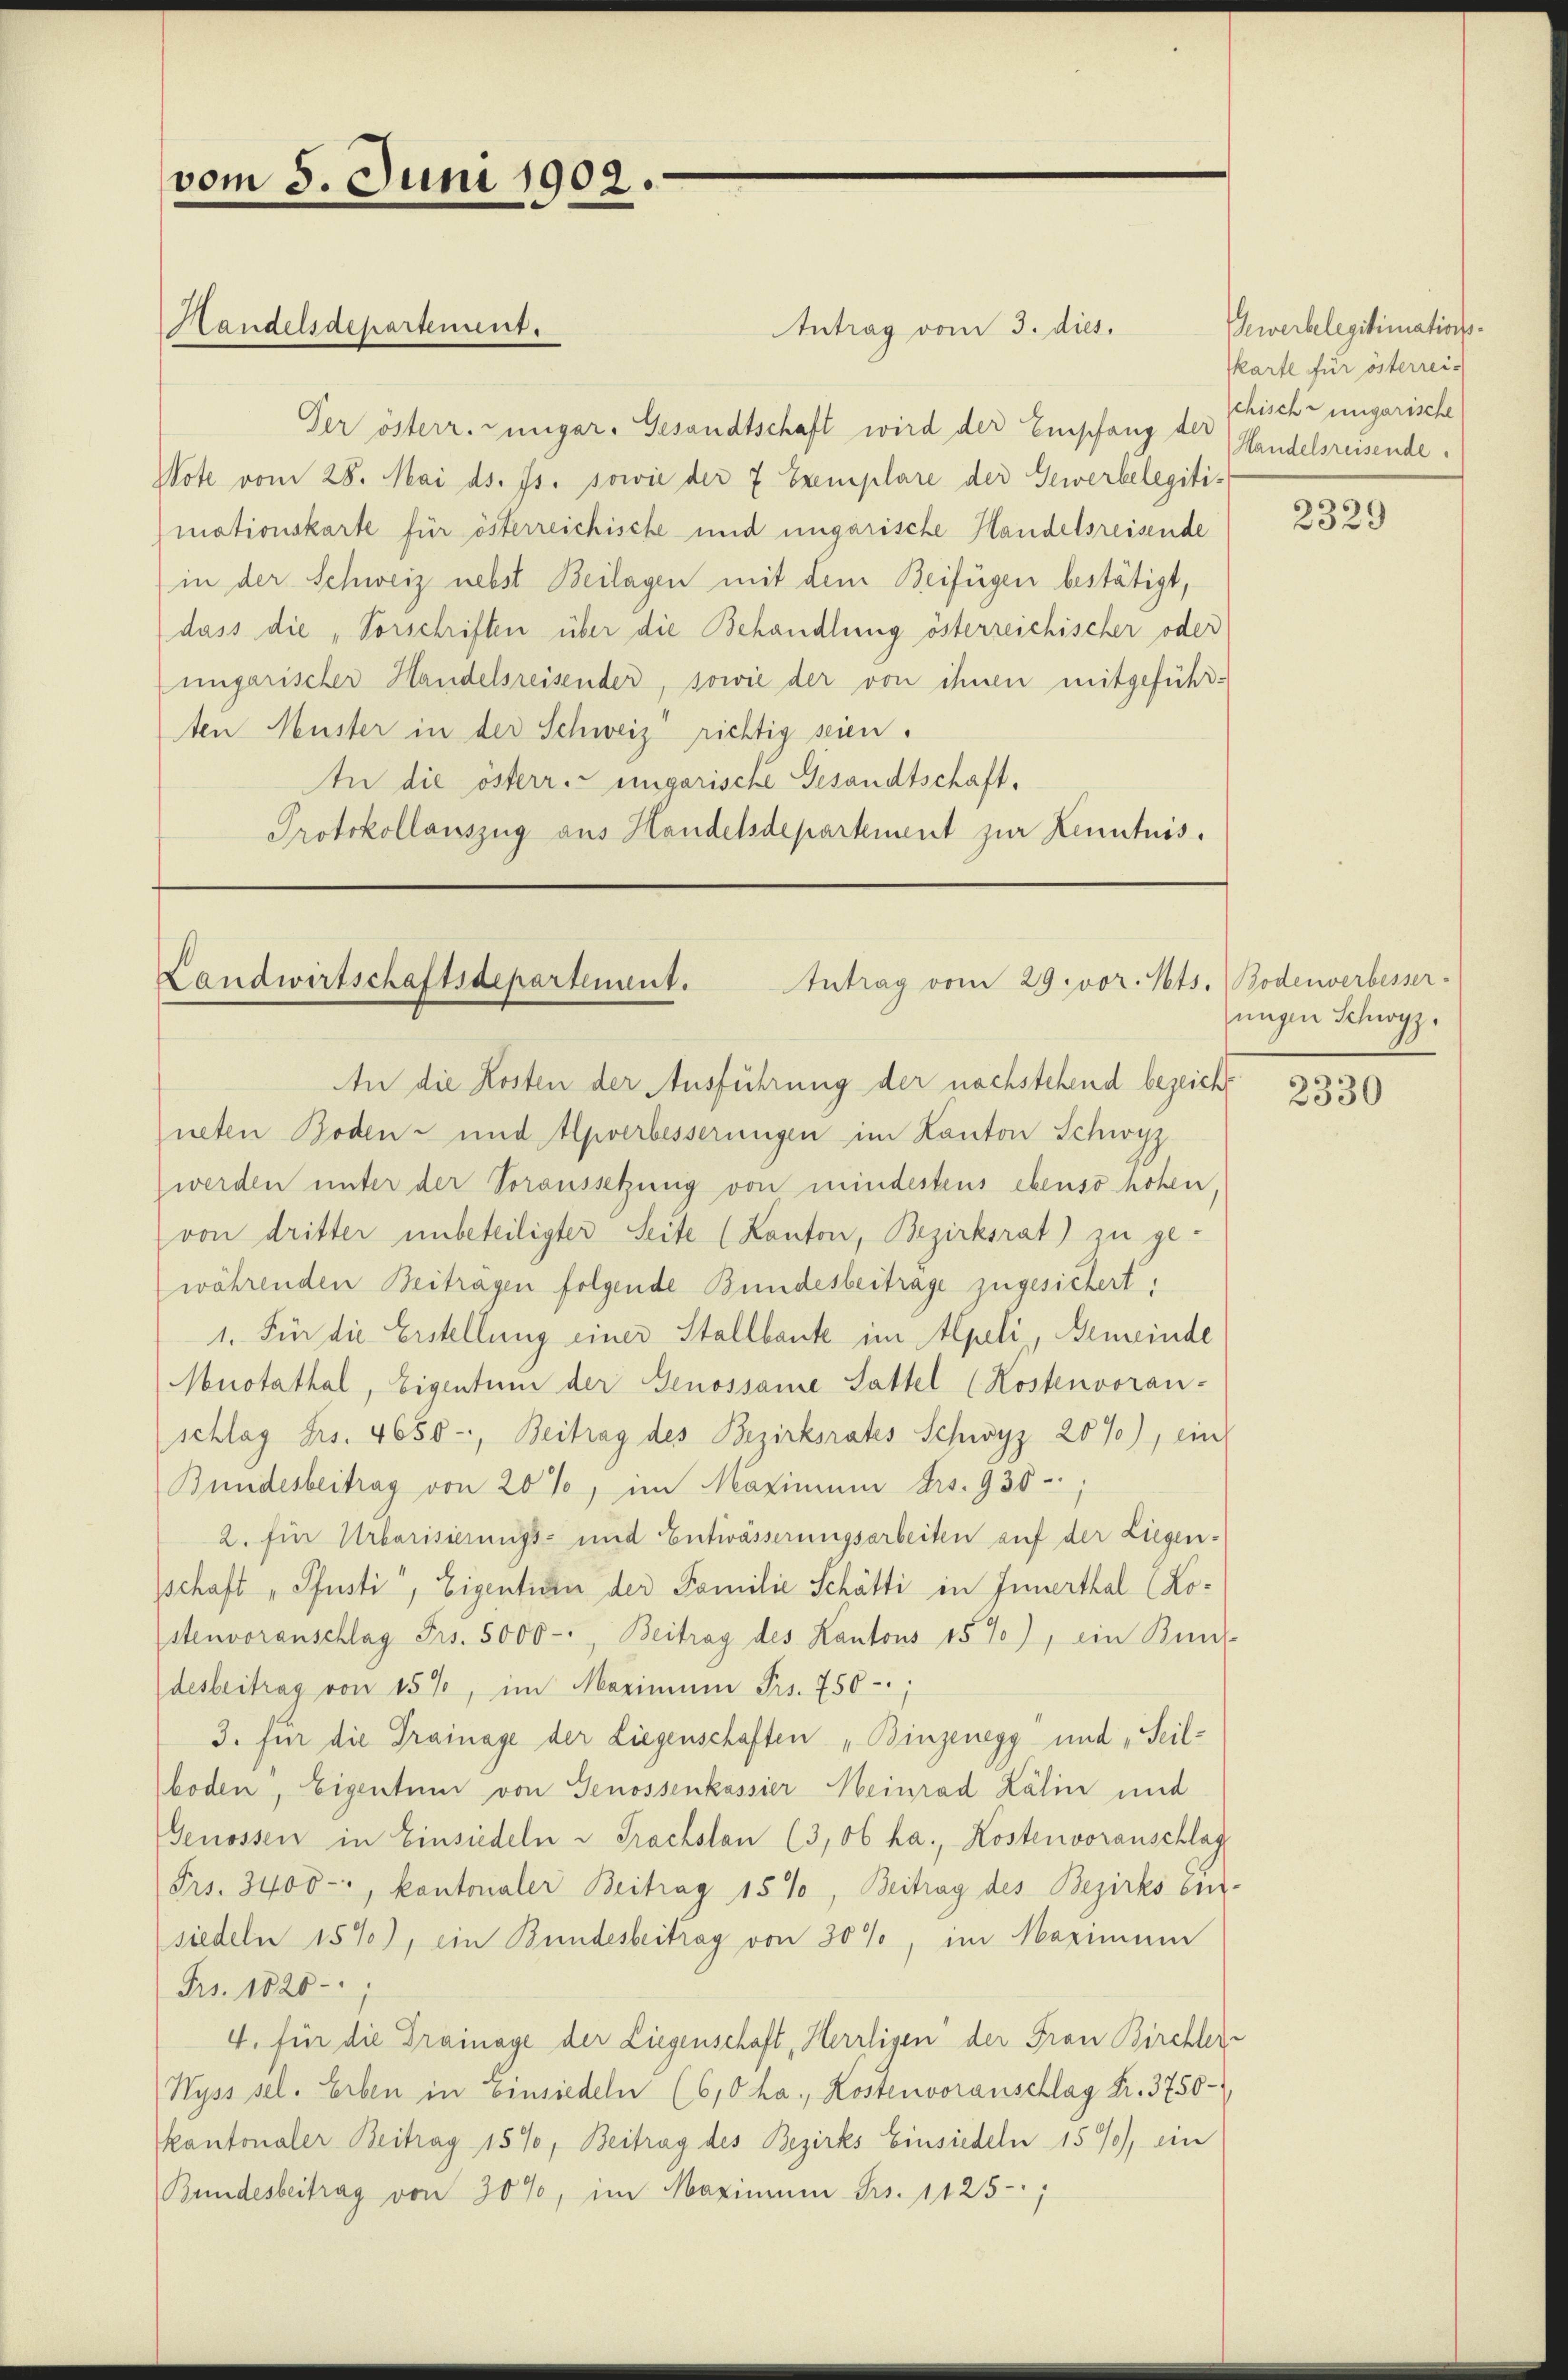
vom 5. Juni 1902

Antrag vom 3. dies.
Der österr. Zungar. Gesandtschaft wird der Empfang des Handelsreisende
Note vom 28. Mai ds. Js. sowie der 7 Exemplare der Gewerbelegiti-
mationskarte für österreichische und ungarische Handelsreisende
in der Schweiz nebst Beilagen mit dem Beifügen bestätigt,
dass die „Vorschriften über die Behandlung österreichischer oder
ungarischer Handelsreisender, sowie der von ihnen mitgeführten Muster in der Schweiz richtig seien.
In die österr. ungarische Gesandtschaft,
Protokollauszug aus Handelsdepartement zur Kenntnis.

Handelsdepartement.

Landwirtschaftsdepartement. Antrag vom 29. vor. Mts. Bodenverbesser-

An die Kosten der Ausführung der nachstehend bezeicht
neten Boden- und Apverbesserungen im Kanton Schwyz
werden unter der Voraussetzung von mindestens ebenso hohen,
von dritter unbeteiligter Seite (Kanton, Bezirksrat) zu ge-
währenden Beitragen folgende Bundesbeitrage zugesichert:
1. Für die Erstellung einer Stallbaute im Alpeli, Gemeinde
Muotathal, Eigentum der Genossame Sattel (Kostenvoran-
schlag Frs. 4650-, Beitrag des Bezirksrates Schwyz 2670), ein
Bundesbeitrag von 20%, im Maximum Frs. 936 -
2. für Urbarisierungs- und Entwässerungsarbeiten auf der Liegen-
schaft „Pfusti, Eigentin der Familie Schätti in Innerthal (Kostenvoranschlag Frs. 5000 - Beitrag des Kantons 15 %), ein Bun-
desbeitrag von 15%, im Maximum Frs. 750;
3. für die Trainage der Liegenschaften „Binzenegg und „Seilboden, Eigentum von Genossenkassier Meinrad Kälin und
Genossen in Einsiedeln u. Trachsten (3,06 ha., Kostenvoranschlag
Frs. 3400-:, kontonaler Beitrag 15%, Beitrag des Bezirks ein
siedeln 159), ein Bundesbeitrag von 30%, im Maximum
Frs. 1828.
4. für die Drainage der Liegenschaft, Herrligen der Frau Birchler-
Wyss sel. Erben in Einsiedeln (610 ha., Kostenvoranschlag Fr. 3750-
kantonaler Beitrag 1590, Beitrag des Bezirks Einsiedeln 159), ein
Bundesbeitrag von 30%, im Maximum Frs. 1125,

Gewerbelegitimationskarte für österrei-
chisch ungarische

2329

ungen Schwyz.

2330